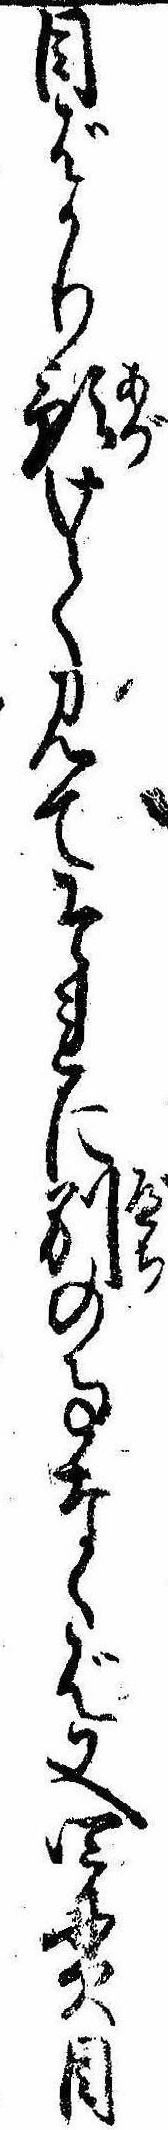
目ばかり預けて見てそれに別の事なくば又四貫目